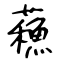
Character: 蘓